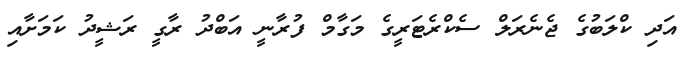
އަދި ކްލަބުގެ ޖެނެރަލް ސެކްރެޓަރީގެ މަގާމް ފުރާނީ އަބްދު ރާގީ ރަޝީދު ކަމަށާއި